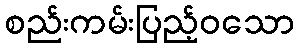
စည်းကမ်းပြည့်ဝသော